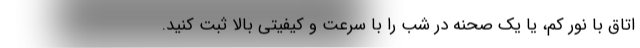
اتاق با نور کم، یا یک صحنه در شب را با سرعت و کیفیتی بالا ثبت کنید.